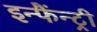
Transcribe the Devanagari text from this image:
इन्फैंन्ट्री